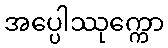
အပ္ပေါဿုက္ကော